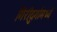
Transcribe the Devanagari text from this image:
गिरीदुर्गामध्ये